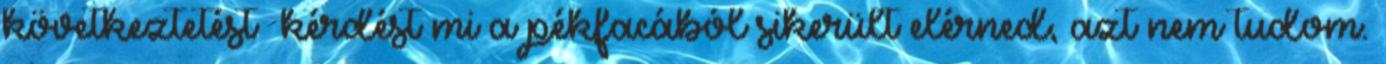
következtetést kérdést mi a pékfacából sikerült elérned, azt nem tudom.